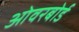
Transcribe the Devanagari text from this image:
ओवरबोर्ड